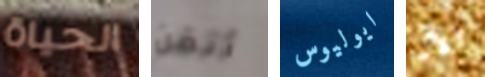
الحياة أتقن ايوليوس الآن